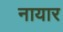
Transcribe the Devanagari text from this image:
नायार